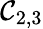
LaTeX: \mathcal{C}_{2,3}